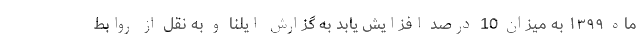
ماه ۱۳۹۹ به میزان 10 درصد افزایش یابد به گزارش ایلنا و به نقل از روابط